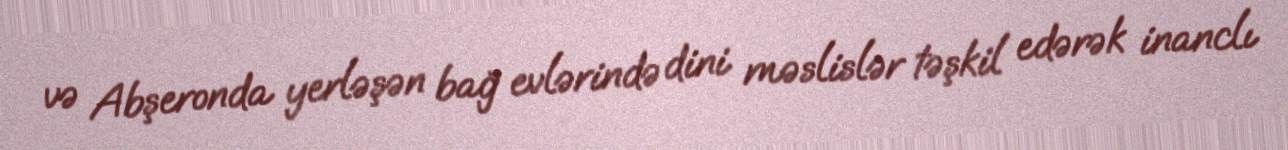
və Abşeronda yerləşən bağ evlərində dini məslislər təşkil edərək inanclı